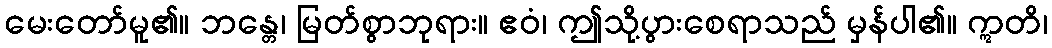
မေးတော်မူ၏။ ဘန္တေ၊ မြတ်စွာဘုရား။ ဧဝံ၊ ဤသို့ပွားစေရာသည် မှန်ပါ၏။ ဣတိ၊